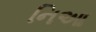
નિઆ